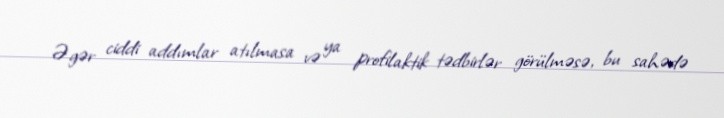
Əgər ciddi addımlar atılmasa və ya profilaktik tədbirlər görülməsə, bu sahədə